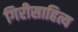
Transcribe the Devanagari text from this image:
गिरीसाहित्य